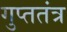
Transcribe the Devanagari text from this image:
गुप्ततंत्र